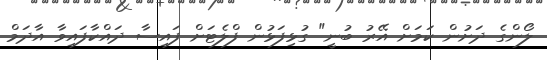
ލޯންގެ ދަށުން ކަމަށް އޭރު ބުނީ" ގުޅިފަޅުން ފްލެޓަށް ފައިސާ ދައްކާފައިވާ އާދަމް